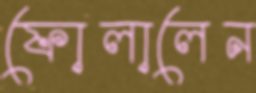
ফোলালেন